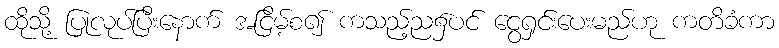
ထိုသို့ ပြုလုပ်ပြီးနောက် အငြိမ့်စ၍ ကသည့်ည၌ပင် ငွေရှင်းပေးမည်ဟု ကတိခံကာ